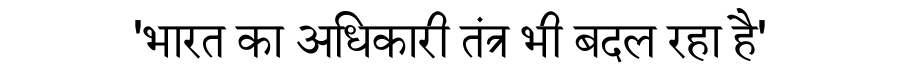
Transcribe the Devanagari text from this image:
'भारत का अधिकारी तंत्र भी बदल रहा है'